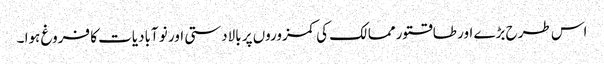
اس طرح بڑے اور طاقتور ممالک کی کمزوروں پر بالادستی اور نو آبادیات کا فروغ ہوا ۔